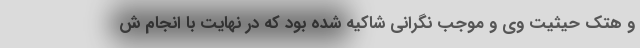
و هتک حیثیت وی و موجب نگرانی شاکیه شده بود که در نهایت با انجام ش